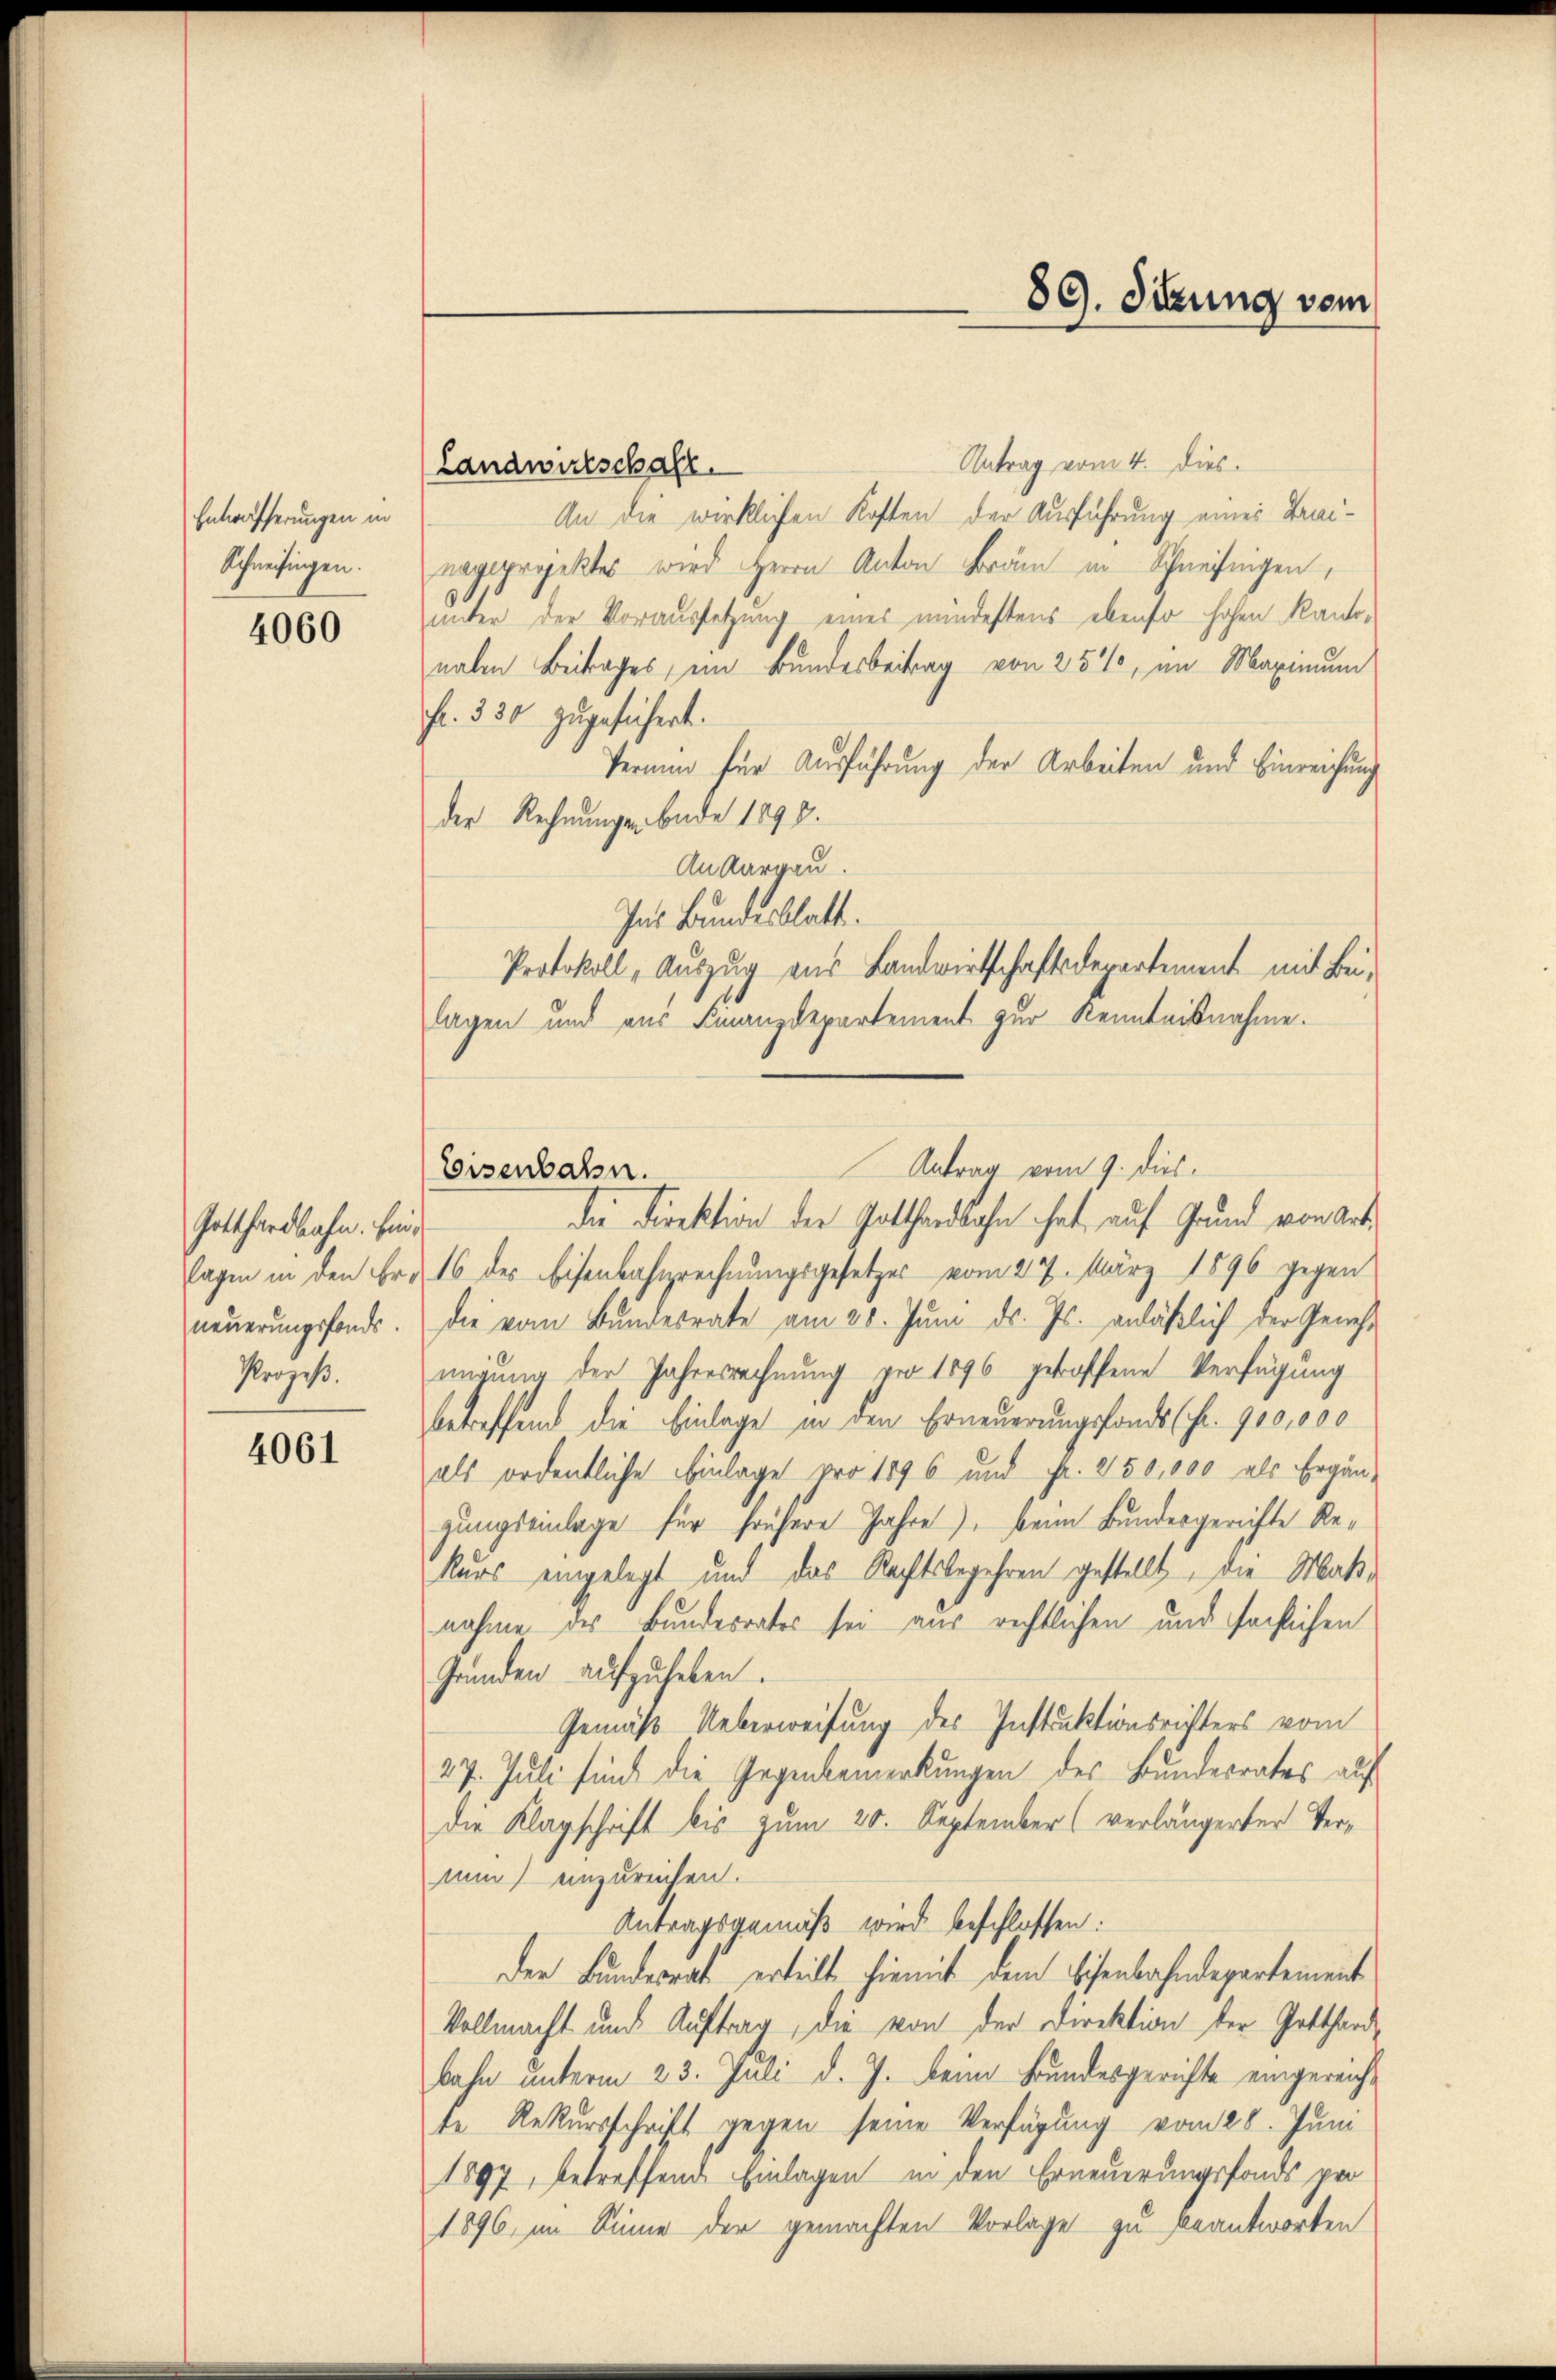
Entwäfferungen in
Schneisingen.

4060

Gotthardbahn. Einneuerungsfonds.
Prozeß.

4061

Antrag vom 4. Dies
An die wirklichen Kosten der Ausführung eines Trainagsprojektes wird Herrn Anton Bräm in Schneisingen,
unter der Voraussetzung eines mindestens ebenso hohen Kantonalen Beitrages, im Bundesbeitrag von 254, im Maximum
fr. 330 zugeführt.
Vernung für Ausführung der Arbeiten und Einreichung
der Rechnungen bade 1890.
An Aargau.
Ins Bundesblatt.
Protokoll, Auszug aus Landwirtschaftsdepartement mit Beilagen und aus Finanzdepartement zur Kenntnisnahme.
die Direktion der Gotthardbahn hat, auf Grund von Art.
lagen in den Fr. 16 des Eisenbahnrechnungsgesetzes vom 27. März 1896 gegen
die vom Bundesrate am 28. Juni d. Js. anläßlich der Genehmigung der Jahresrechnung pro 1896 getroffene Verfügung
betreffend die Einlage in den Erneuerungsfonds schr. 100,000
als ordentliche Einlage pro 1896 und Fr. 250,000 als Ergängungseinlage für frühere Jahre), beim Bundesgerichte Re¬
Kurs eingelegt und das Rechtsbegehren gestellt, die Maßnahme des Bundesrates sei aus rechtlichen und sächlichen
Gründen aufzuheben.
Gemäß Ueberweisung des Instruktionsrichters vom
27. Juli sind die Gegenbemerkungen des Bundesrates auf
die Klagschrift bis zum 20. September (verlängerter Vernun einzureichen.
Antragsgemäß wird beschlossen:
Der Bundesrat erteilt hiemit dem Eisenbahndepartement
Vollmacht und Auftrag, die von der Direktion der Gotthard-
bahn unterm 23. Juli d. J. beim Bundesgerichte eingereichte Rekursschrift gegen seine Verfügung vom 28. Juni
1897, betreffend Einlagen in den Erneuerungsfonds pro
1896, im Sinne der gemachten Vorlage zu beantworten

(Landwirtschale.

Antrag vom 9. dies
Eisenbahn.

89. Sibung vom